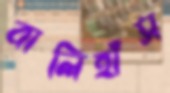
বালিহাঁস